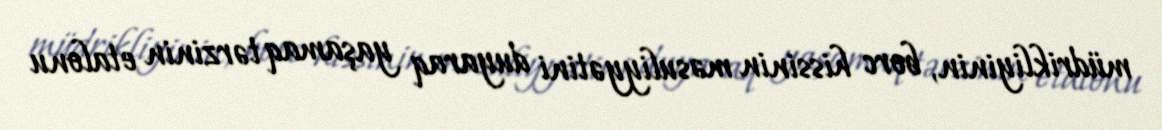
müdrikliyinin, borc hissinin məsuliyyətini duyaraq yaşamaq tərzinin etalonu